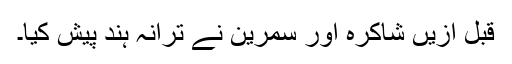
قبل ازیں شاکرہ اور سمرین نے ترانہ ہند پیش کیا۔